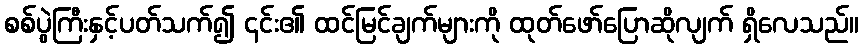
စစ်ပွဲကြီးနှင့်ပတ်သက်၍ ၎င်း၏ ထင်မြင်ချက်များကို ထုတ်ဖော်ပြောဆိုလျက် ရှိလေသည်။